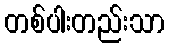
တစ်ပါးတည်းသာ